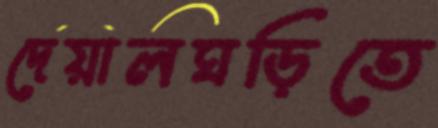
দেয়ালঘড়িতে